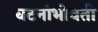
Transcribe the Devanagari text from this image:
घटनांभोवती